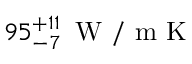
9 5 _ { - 7 } ^ { + 1 1 } \, \mathrm { ~ W ~ / ~ m ~ K ~ }